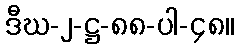
ဒီဃ-၂-ဋ္ဌ-၈၈-ပါ-၄၈။